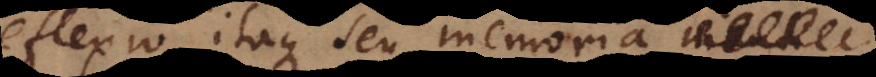
eflexio itaque seu memoria menti